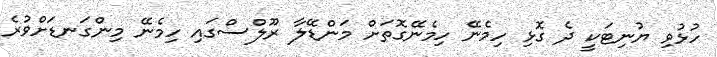
ހުޅުވި ޔުނިޓަކީ ދެ ގޮޅި ހިމެނޭ ހިމެނޭގޮތަށް މަންޑޭލާ ރޫލްސްގައި ހިމެނޭ މިންގަނޑަށްވުރެ